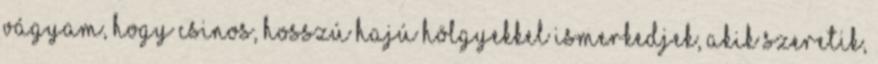
vágyam, hogy csinos, hosszú hajú hölgyekkel ismerkedjek, akik szeretik,